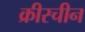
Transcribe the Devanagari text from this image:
क्रीस्चीन